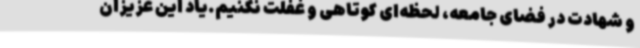
و شهادت در فضای جامعه، لحظه‌ای کوتاهی و غفلت نکنیم.یاد این عزیزان